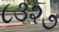
૮૩૨૭